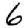
Digit: 6